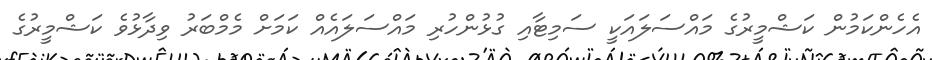
އެހެންކަމުން ކަޝްމީރުގެ މައްސަލައަކީ ސަމިޓާއި ގުޅުންހުރި މައްސަލައެއް ކަމަށް މެމްބަރު ވިދާޅުވެ ކަޝްމީރުގެ